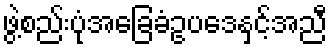
ဖွဲ့စည်းပုံအခြေခံဥပဒေနှင့်အညီ